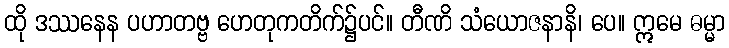
ထို ဒဿနေန ပဟာတဗ္ဗ ဟေတုကတိက်၌ပင်။ တီဏိ သံယောဇနာနိ၊ ပေ။ ဣမေ ဓမ္မာ